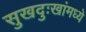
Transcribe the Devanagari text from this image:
सुखदुःखांमध्ये